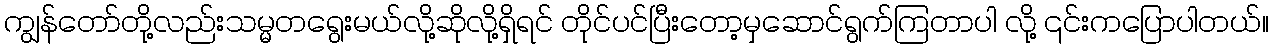
ကျွန်တော်တို့လည်းသမ္မတရွေးမယ်လို့ဆိုလို့ရှိရင် တိုင်ပင်ပြီးတော့မှဆောင်ရွက်ကြတာပါ လို့ ၎င်းကပြောပါတယ်။